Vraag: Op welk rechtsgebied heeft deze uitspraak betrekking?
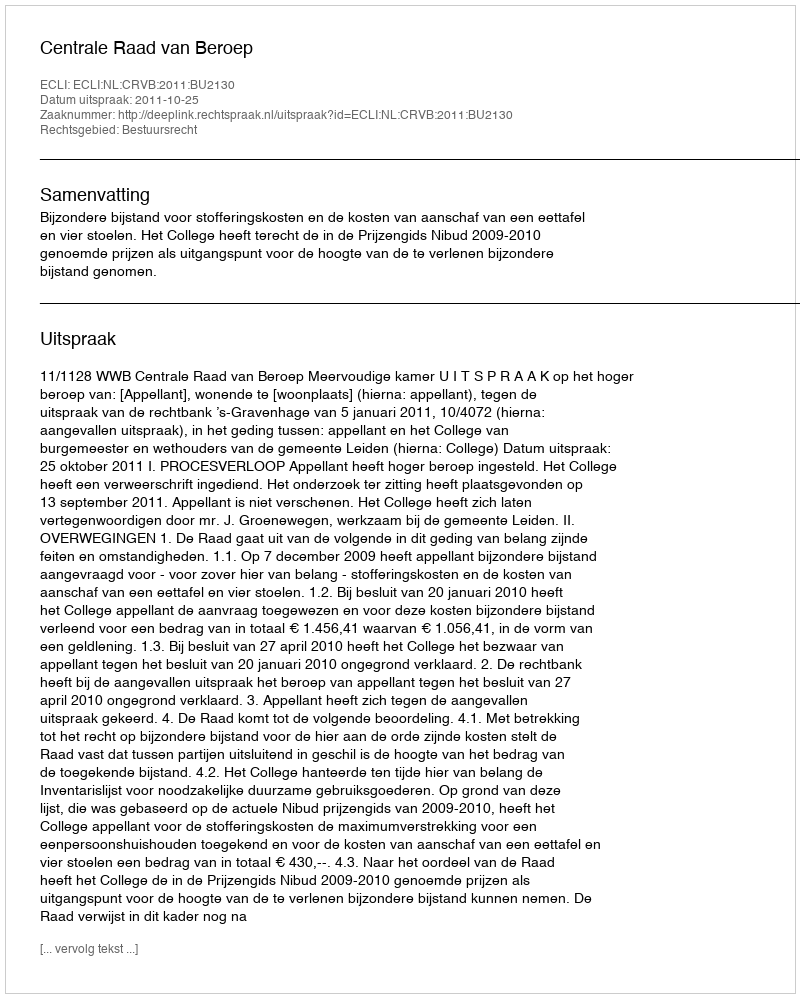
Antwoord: Bestuursrecht